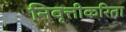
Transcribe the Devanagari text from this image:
निवृत्तीकरिता